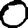
Digit: 0